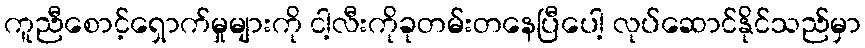
ကူညီစောင့်ရှောက်မှုများကို ငါ့လီးကိုခုတမ်းတနေပြီပေါ့ လုပ်ဆောင်နိုင်သည်မှာ